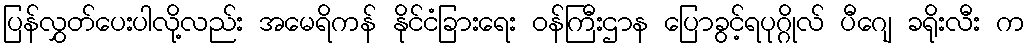
ပြန်လွှတ်ပေးပါလို့လည်း အမေရိကန် နိုင်ငံခြားရေး ဝန်ကြီးဌာန ပြောခွင့်ရပုဂ္ဂိုလ် ပီဂျေ ခရိုးလီး က